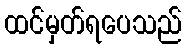
ထင်မှတ်ရပေသည်